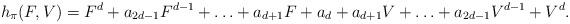
LaTeX: \begin{align*}h_\pi(F,V) = F^{d} + a_{2d-1}F^{d-1} + \ldots + a_{d+1}F+a_d + a_{d+1}V + \ldots + a_{2d-1}V^{d-1} + V^{d}.\end{align*}